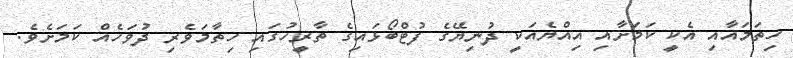
ހިތަމައާއި އެކީ ކަމަށާއި އިއްޔެއަކީ ދުނިޔޭގެ ފުޓްބޯޅައިގެ ތާރީހުގައި ހިތާމަވެރި ދުވަހެއް ކަމަށެވެ.